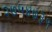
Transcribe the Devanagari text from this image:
२७५४७३१